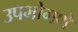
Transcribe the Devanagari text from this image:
उपभोगणे